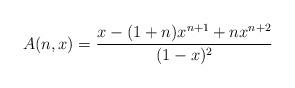
LaTeX: \begin{align*} A(n,x) = \frac{x - (1 + n) x^{n+1} + n x^{n+2}}{(1-x)^2}\end{align*}